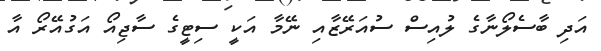
އަދި ބާސެލޯނާގެ ލުއިސް ސުއަރޭޒާއި ނޭމާ އަކީ ސިޓީގެ ސާޖިއޯ އަގުއޭރޯ އާ